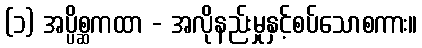
(၁) အပ္ပိစ္ဆကထာ - အလိုနည်းမှုနှင့်စပ်သောစကား။